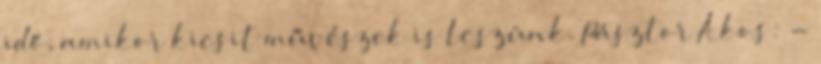
idő, amikor kicsit művészek is leszünk. Pásztor Ákos: -